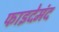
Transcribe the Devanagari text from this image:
फाइदेमंद